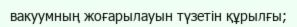
вакуумның жоғарылауын түзетін құрылғы;